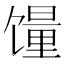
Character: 䭪